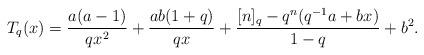
LaTeX: \begin{align*}T_q(x) =\frac{a(a-1)}{qx^2}+\frac{ab(1+q)}{qx}+\frac{[n]_q-q^n(q^{-1}a+bx)}{1-q} +b^2.\end{align*}